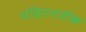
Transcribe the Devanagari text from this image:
मंदिरानजीक